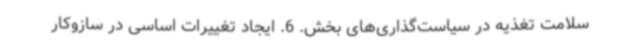
سلامت تغذیه در سیاست‌گذاری‌های بخش. 6. ایجاد تغییرات اساسی در سازوکار